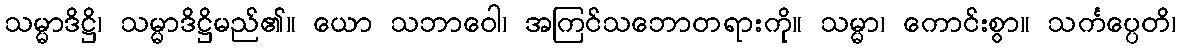
သမ္မာဒိဋ္ဌိ၊ သမ္မာဒိဋ္ဌိမည်၏။ ယော သဘာဝေါ၊ အကြင်သဘောတရားကို။ သမ္မာ၊ ကောင်းစွာ။ သင်္ကပ္ပေတိ၊